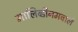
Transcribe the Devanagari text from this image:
मालिब्डीनमवाले